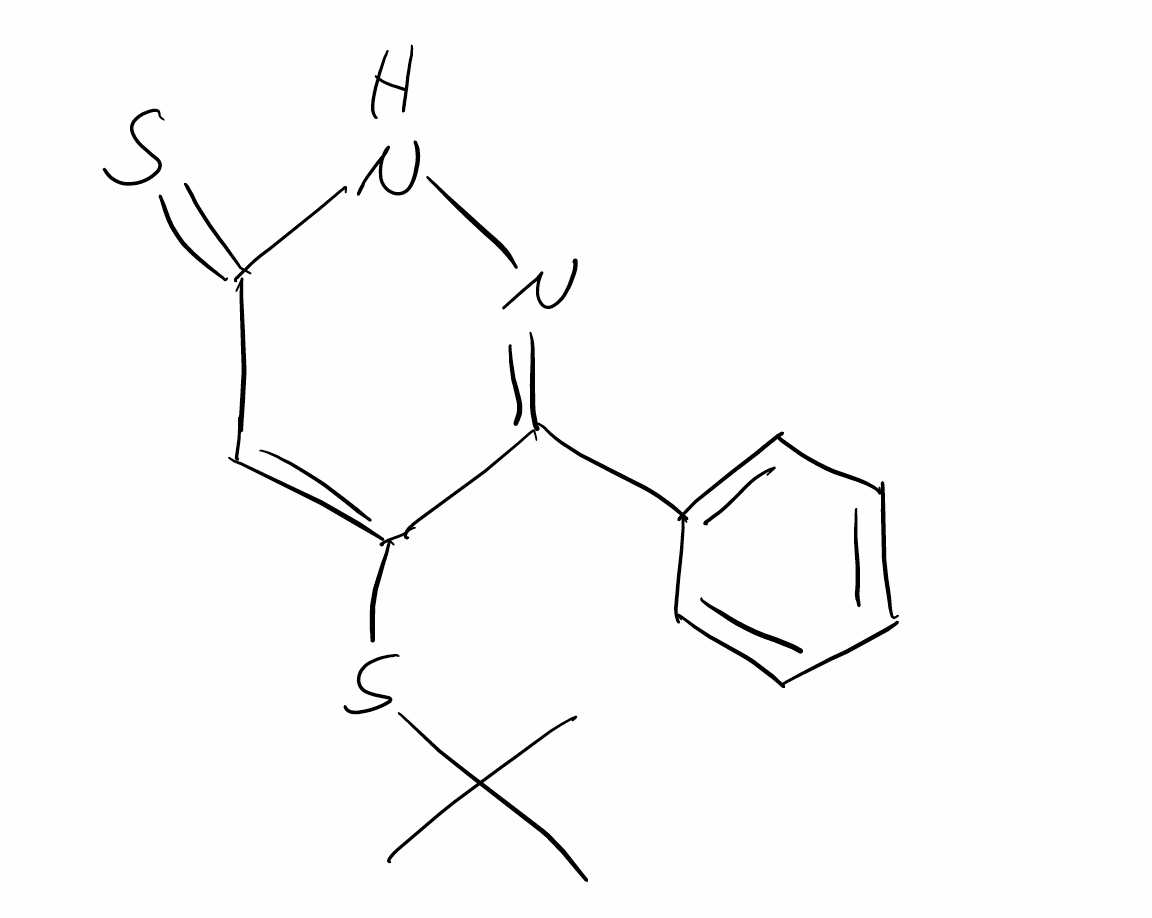
Simplified molecular-input line-entry system (SMILES) notation of the given molecule:
CC(C)(C)SC1=CC(=S)NN=C1C2=CC=CC=C2